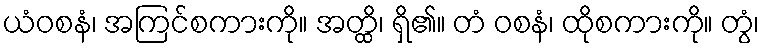
ယံဝစနံ၊ အကြင်စကားကို။ အတ္ထိ၊ ရှိ၏။ တံ ဝစနံ၊ ထိုစကားကို။ တွံ၊